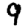
Digit: 9